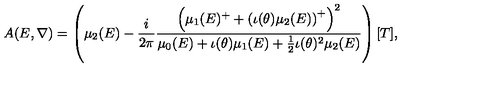
A ( E , \nabla ) = \left( \mu _ { 2 } ( E ) - \frac { i } { 2 \pi } \frac { \left( \mu _ { 1 } ( E ) ^ { + } + \left( \iota ( \theta ) \mu _ { 2 } ( E ) \right) ^ { + } \right) ^ { 2 } } { \mu _ { 0 } ( E ) + \iota ( \theta ) \mu _ { 1 } ( E ) + \frac { 1 } { 2 } \iota ( \theta ) ^ { 2 } \mu _ { 2 } ( E ) } \right) [ T ] ,